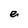
Character: e